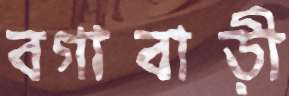
বগাবাড়ী